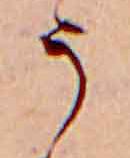
う